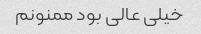
خیلی عالی بود ممنونم